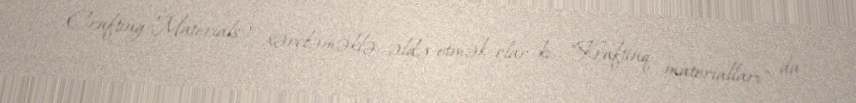
Crafting Materials) xərcləməklə əldə etmək olar ki, "Kraftinq materialları" da